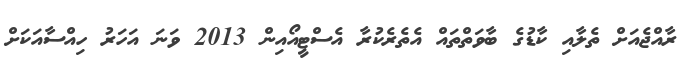
ރާއްޖެއަށް ތެލާއި ކާޑުގެ ބާވަތްތައް އެތެރެކުރާ އެސްޓީއޯއިން 2013 ވަނަ އަހަރު ހިއްސާއަކަށް